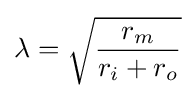
\lambda ={\sqrt {\frac {r_{m}}{r_{i}+r_{o}}}}